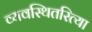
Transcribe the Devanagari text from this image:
व्यवस्थितरित्या